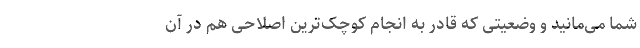
شما می‌مانید و وضعیتی که قادر به انجام کوچک‌ترین اصلاحی هم در آن